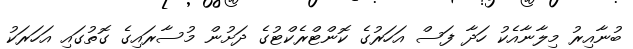
ބުނާއިރު މިލާނާއެކު ހަދާ ފަސް އަހަރުގެ ކޮންޓްރެކްޓުގެ ދަށުން މުސާރައިގެ ގޮތުގައި އަހަރަކު